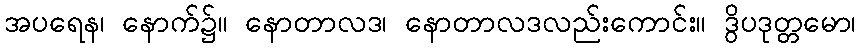
အပရေန၊ နောက်၌။ နောတာလဒ၊ နောတာလဒလည်းကောင်း။ ဒွိပဒုတ္တမော၊